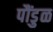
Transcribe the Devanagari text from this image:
पौंडुळ